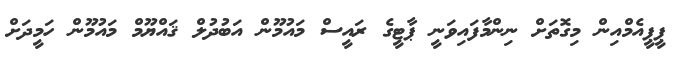
ޕީޕީއެމްއިން މިގޮތަށް ނިންމާފައިވަނީ ޕާޓީގެ ރައީސް މައުމޫން އަބުދުލް ޤައްޔޫމް މައުމޫން ހަމީދަށް